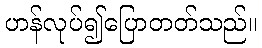
ဟန်လုပ်၍ပြောတတ်သည်။